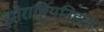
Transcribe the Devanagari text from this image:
झोराष्ट्रियनिझम